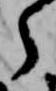
了